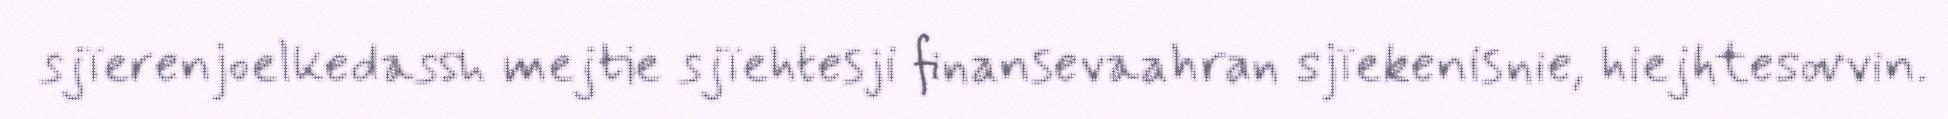
sjïerenjoelkedassh mejtie sjïehtesji finansevaahran sjïekenisnie, hiejhtesovvin.